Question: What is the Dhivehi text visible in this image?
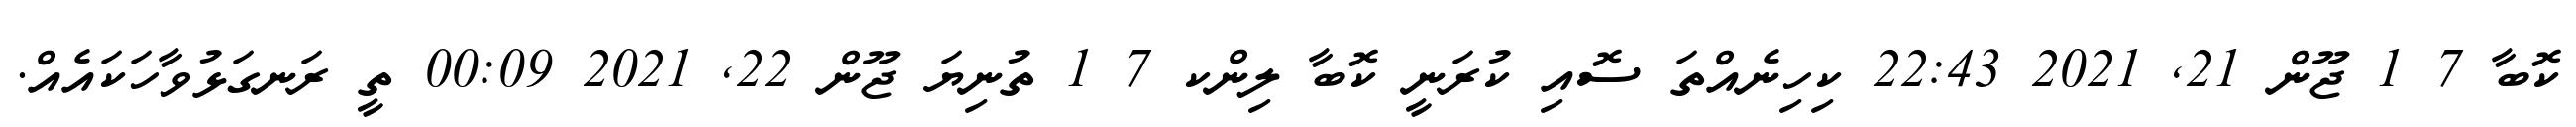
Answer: ކޮބާ 7 1 ޖޫން 21, 2021 22:43 ކިހިނެއްތަ ސޮއި ކުރަނީ ކޮބާ ލިންކ 7 1 ތުނިޔަ ޖޫން 22, 2021 00:09 ތީ ރަނގަޅުވާހަކައެއް.